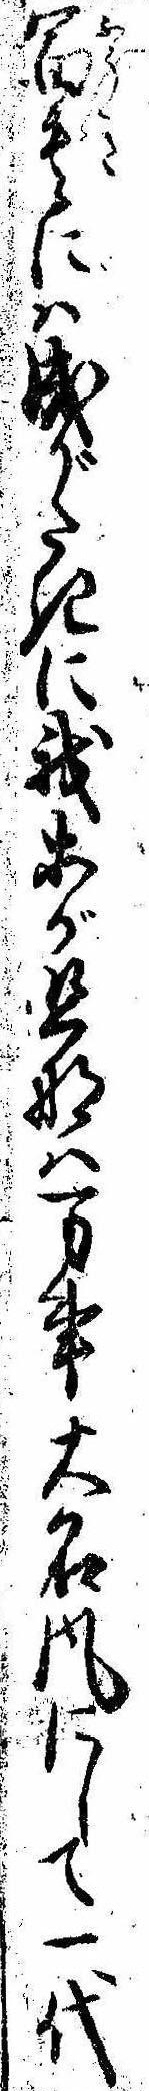
富貴には成がたきに我等が旦那は万事大名風にして一代